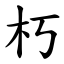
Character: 朽